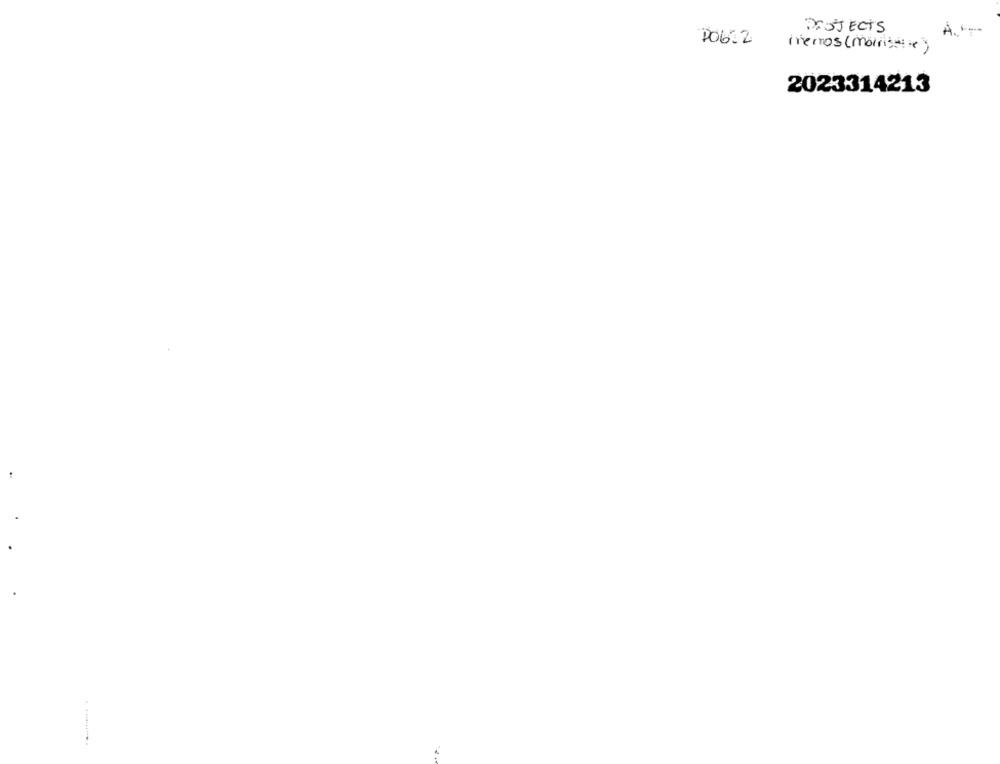
PROJECTS
PO622
merros (morris:)
2023314213